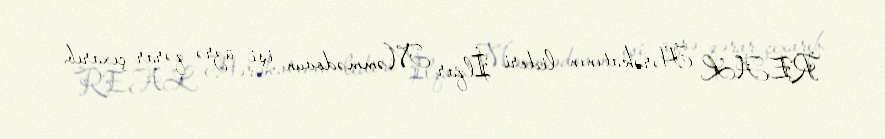
REAL Hərəkatının lideri İlqar Məmmədovun işi üzrə qərar çıxarıb.